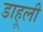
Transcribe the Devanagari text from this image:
डाहूली